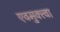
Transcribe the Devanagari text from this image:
एवमुक्त्वा